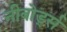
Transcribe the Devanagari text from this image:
नीबोर्ड्स